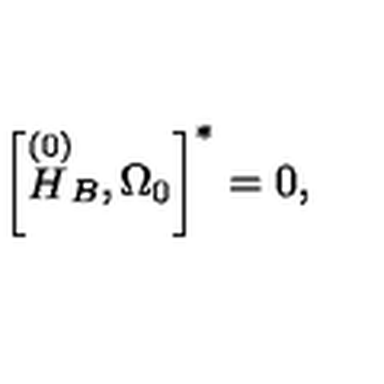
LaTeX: \left[ \stackrel { \left( 0 \right) } { H } _ { B } , \Omega _ { 0 } \right] ^ { * } = 0 ,